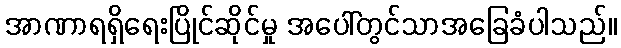
အာဏာရရှိရေးပြိုင်ဆိုင်မှု အပေါ်တွင်သာအခြေခံပါသည်။